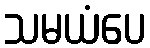
သမယံပေ